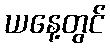
ယနေ့တွင်